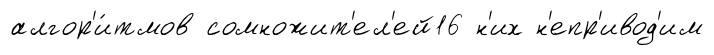
алгор'и́тмов сомножит'ел'ей16 н'их н'епр'ивод'им